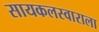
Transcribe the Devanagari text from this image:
सायकलस्वाराला